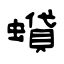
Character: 蟘